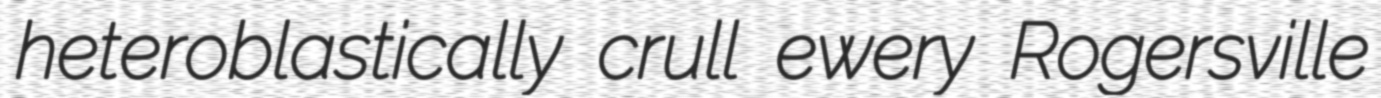
heteroblastically crull ewery Rogersville